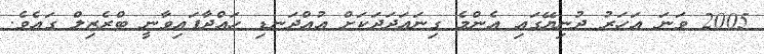
2005 ވަނަ އަހަރު ދުނިޔޭގައި އެންމެ ގިނައަދަދަކަށް އުއްދަނޑި ހައްދާފައިވާނީ ބްރެޒިލް ގައެވެ.